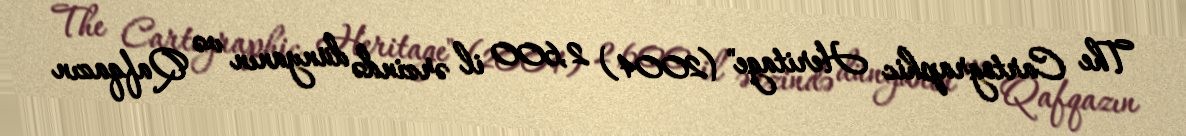
The Cartographic Heritage" (2004) 2,600 il ərzində dünyanın və Qafqazın